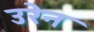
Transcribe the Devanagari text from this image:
उरेन